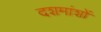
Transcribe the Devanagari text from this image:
दशमांशों